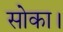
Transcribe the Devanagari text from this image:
सोका।